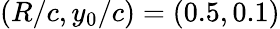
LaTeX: (R/c,y_{0}/c)=(0.5,0.1)